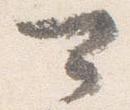
可